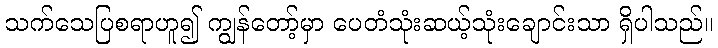
သက်သေပြစရာဟူ၍ ကျွန်တော့်မှာ ပေတံသုံးဆယ့်သုံးချောင်းသာ ရှိပါသည်။